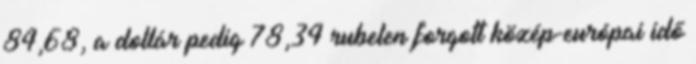
84,68, a dollár pedig 78,34 rubelen forgott közép-európai idő